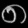
Digit: ၈